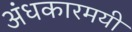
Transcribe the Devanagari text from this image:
अंधकारमयी